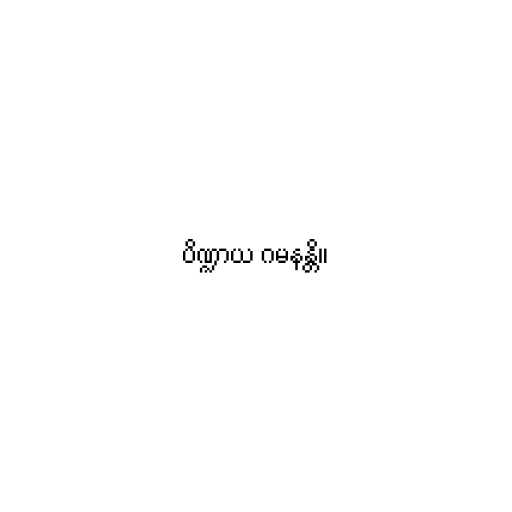
ပိဏ္ဍာယ ဂမနန္တိ။